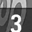
Digit: 3